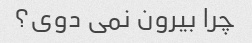
چرا بیرون نمی دوی؟